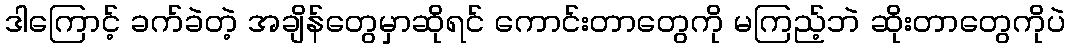
ဒါကြောင့် ခက်ခဲတဲ့ အချိန်တွေမှာဆိုရင် ကောင်းတာတွေကို မကြည့်ဘဲ ဆိုးတာတွေကိုပဲ